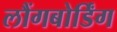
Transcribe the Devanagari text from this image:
लौंगबोर्डिंग